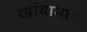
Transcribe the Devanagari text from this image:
खांबामध्ये